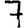
Digit: 7